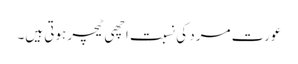
عورت مرد کی نسبت اچھی ٹیچر ہوتی ہیں۔